Scottish Leaving Certificate Examination, 1953
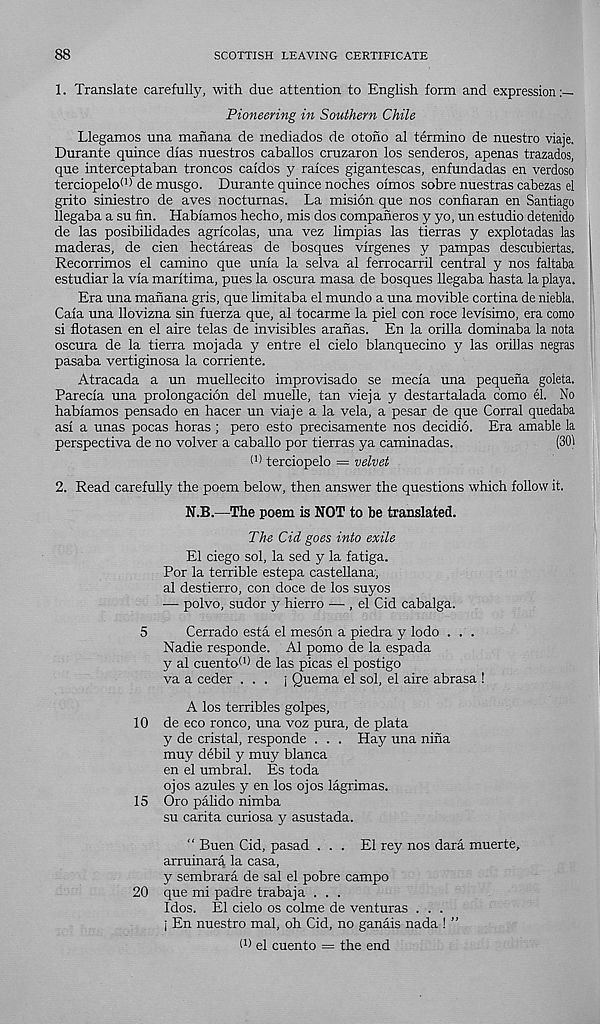
88
SCOTTISH LEAVING CERTIFICATE
1. Translate carefully, with due attention to English form and expression
Pioneering in Southern Chile
Llegamos una manana de mediados de otono al termino de nuestro viaje.
Durante quince dias nuestros caballos cruzaron los senderos, apenas trazados,
que interceptaban troncos caidos y raices gigantescas, enfundadas en verdoso
terciopelo (I) de musgo. Durante quince noches oimos sobre nuestras cabezas el
grito siniestro de aves noctumas. La mision que nos confiaran en Santiago
llegaba a su fin. Habiamos hecho, mis dos companeros y yo, un estudio detenido
de las posibihdades agricolas, una vez limpias las tierras y explotadas las
maderas, de cien hectareas de bosques virgenes y pampas descubiertas.
Recorrimos el camino que unia la selva al ferrocarril central y nos faltaba
estudiar la via maritima, pues la oscura masa de bosques llegaba hasta la playa.
Era una manana gris, que limitaba el mundo a una movible cortina de niebla,
Caia una llovizna sin fuerza que, al tocarme la piel con roce levisimo, era como
si flotasen en el aire telas de invisibles aranas. En la orilla dominaba la nota
oscura de la tierra mojada y entre el cielo blanquecino y las orillas negras
pasaba vertiginosa la corriente.
Atracada a un muellecito improvisado se mecia una pequena goleta.
Parecia una prolongation del muelle, tan vieja y destartalada como el. No
habiamos pensado en hacer un viaje a la vela, a pesar de que Corral quedaba
asi a unas pocas horas; pero esto precisamente nos decidio. Era amable la
perspectiva de no volver a caballo por tierras ya caminadas.
(301
('l terciopelo = velvet
2. Read carefully the poem below, then answer the questions which follow it.
N.B.—The poem is NOT to be translated.
The Cid goes into exile
El ciego sol, la sed y la fatiga.
Por la terrible estepa castellana,
al destierro, con doce de los suyos
— polvo, sudor y hierro — , el Cid cabalga.
5
Cerrado esta el meson a piedra y lodo . . .
Nadie responde. Al pomo de la espada
y al cuento (I) de las picas el postigo
va a ceder ... j Quema el sol, el aire abrasa !
A los terribles golpes,
10 de eco ronco, una voz pura, de plata
y de cristal, responde . . . Hay una nina
muy debil y muy blanca
en el umbral. Es toda
ojos azules y en los ojos lagrimas.
15 Oro palido nimba
su carita curiosa y asustada.
“ Buen Cid, pasad ... El rey nos dara muerte,
arruinara la casa,
y sembrara de sal el pobre campo
20 que mi padre trabaja . . .
Idos. El cielo os colme de venturas . . .
i En nuestro mal, oh Cid, no ganais nada ! ”
d) el cuento = the end